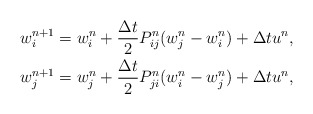
\begin{align*}\begin{aligned}&w^{n+1}_i=w_i^n+\frac{\Delta t}{2}P^n_{ij}(w_j^n-w^n_i)+\Delta t u^n,\\&w^{n+1}_j=w_j^n+\frac{\Delta t}{2}P^n_{ji}(w_i^n-w^n_j)+\Delta t u^n,\\\end{aligned}\end{align*}